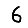
Digit: 6